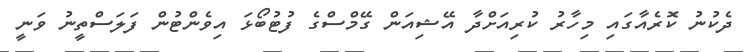
ދެކުނު ކޮރެއާގައި މިހާރު ކުރިއަށްދާ އޭޝިއަން ގޭމްސްގެ ފުޓުބޯޅަ އިވެންޓުން ފަލަސްތީނު ވަނީ